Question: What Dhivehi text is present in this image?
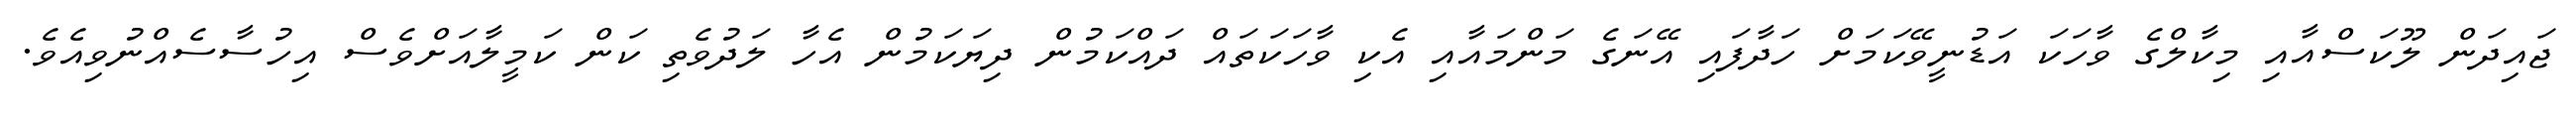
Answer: ޖައިދަން ލޫކަސްއާއި މިކާލްގެ ވާހަކަ އަޑުނީވޭކަމަށް ހަދާފައި އޭނަގެ މަންމައާއި އެކި ވާހަކަތައް ދައްކަމުން ދިޔަކަމުން އެހާ ލަދުވެތި ކަން ކަމީލާއަށްވެސް އިހުސާސެއްނުވިއެވެ.